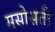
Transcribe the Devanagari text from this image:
मसोसती